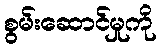
စွမ်းဆောင်မှုကို